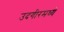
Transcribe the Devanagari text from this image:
उदगीरमध्ये